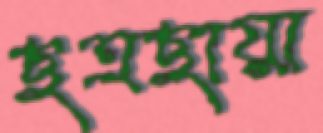
ছত্রছায়া